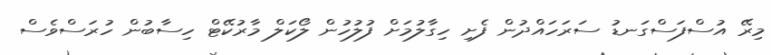
މިރޭ އުސްފަސްގަނޑު ސަރަހައްދުން ފެށި ހިގާލުމަށް ފުލުހުން ލޯކަލް މާރުކޭޓް ހިސާބުން ހުރަސްވެސް